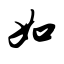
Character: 如